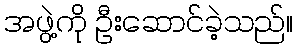
အဖွဲ့ကို ဦးဆောင်ခဲ့သည်။